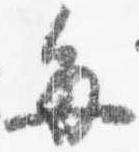
毎